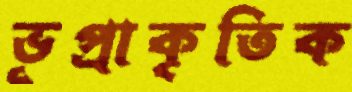
ভূপ্রাকৃতিক